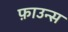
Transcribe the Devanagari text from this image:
फ़ाउन्स